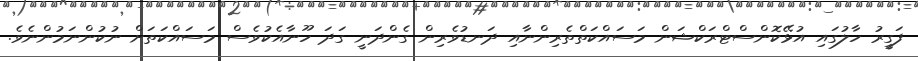
ފަގީރު ހާލުގައި އުޅޭކޮންސްޓްރަކްޝަން މަސައްކަތްތެރިންނާއި ދަނޑުވެރިން ގެންދަނީ ގަދަ ހޫނާއެކުވެސް މަސައްކަތަށް ނުކުންނަމުންނެވެ.